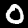
Label: 0